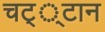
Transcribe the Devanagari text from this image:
चट््टान